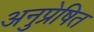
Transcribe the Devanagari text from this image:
अनुप्रेषित